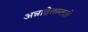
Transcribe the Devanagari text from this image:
अन्नाद्रेतस्ततो